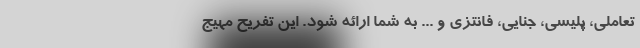
تعاملی، پلیسی، جنایی، فانتزی و ... به شما ارائه شود. این تفریح مهیج